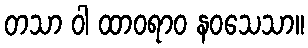
တသာ ဝါ ထာဝရာဝ နဝသေသာ။